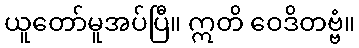
ယူတော်မူအပ်ပြီ။ ဣတိ ဝေဒိတဗ္ဗံ။